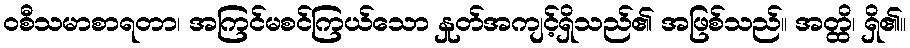
ဝစီသမာစာရတာ၊ အကြင်မစင်ကြယ်သော နှုတ်အကျင့်ရှိသည်၏ အဖြစ်သည်။ အတ္ထိ၊ ရှိ၏။